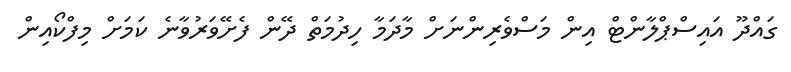
ގައްދޫ އައިސްޕްލާންޓް އިން މަސްވެރިންނަށް މާދަމާ ހިދުމަތް ދޭން ފެށޭވަރުވާނެ ކަމަށް މިފްކޯއިން